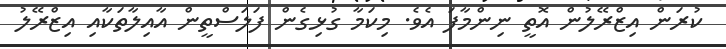
ކުރަން އިޒްރޭލުން އޮތީ ނިންމާފަ އެވެ. މިކަމާ ގުޅިގެން ފަލަސްތީން އާއިލާތަކާއި އިޒްރޭލު